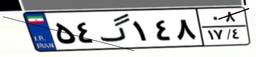
۵۴گ۱۴۸۰۸